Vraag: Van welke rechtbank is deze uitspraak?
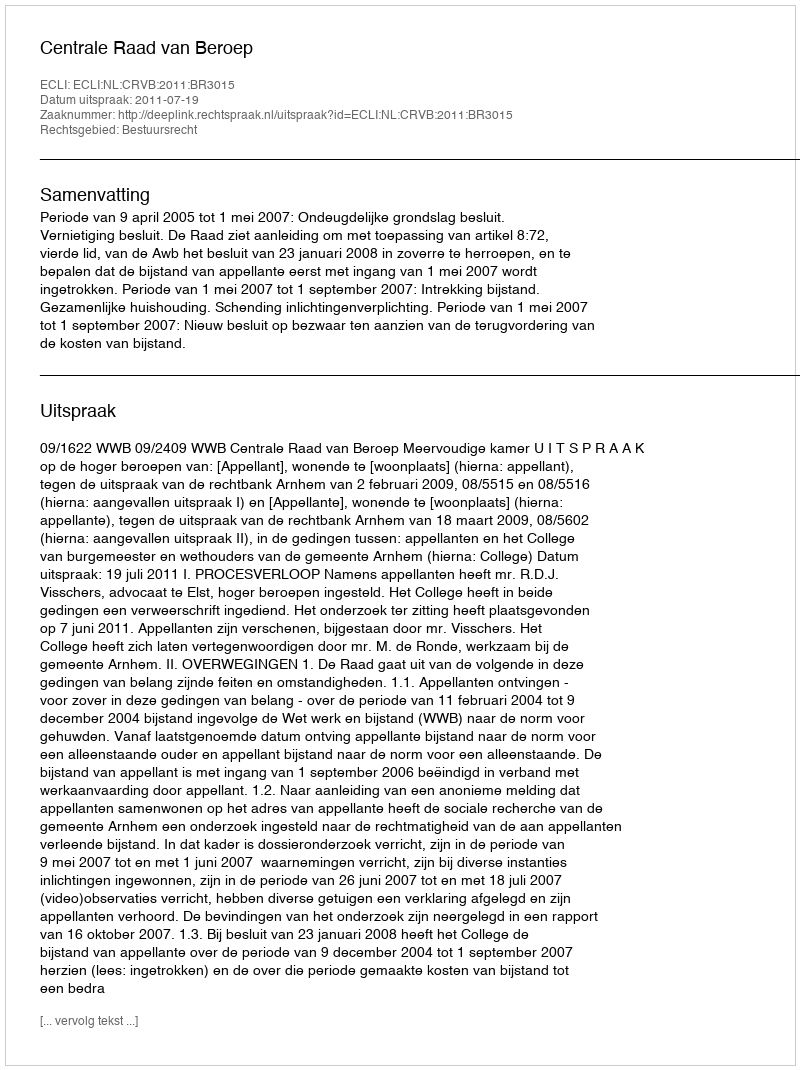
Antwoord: Centrale Raad van Beroep